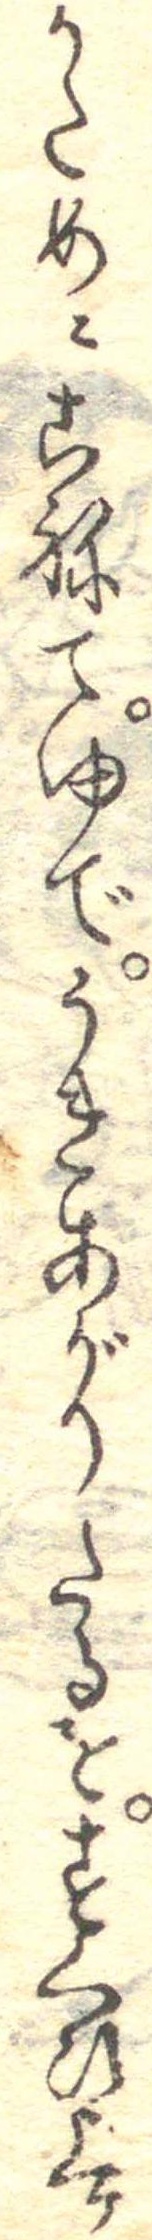
かためにこねてゆでうきあがりたるをすくひ上け